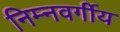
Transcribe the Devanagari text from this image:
निम्‍नवर्गीय